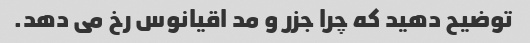
توضیح دهید که چرا جزر و مد اقیانوس رخ می دهد.